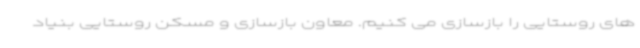
های روستایی را بازسازی می کنیم. معاون بازسازی و مسکن روستایی بنیاد